255_413270_UFO's_and_Defense_What_Should_we_Prepare_For
Agency: NASA
Page 2
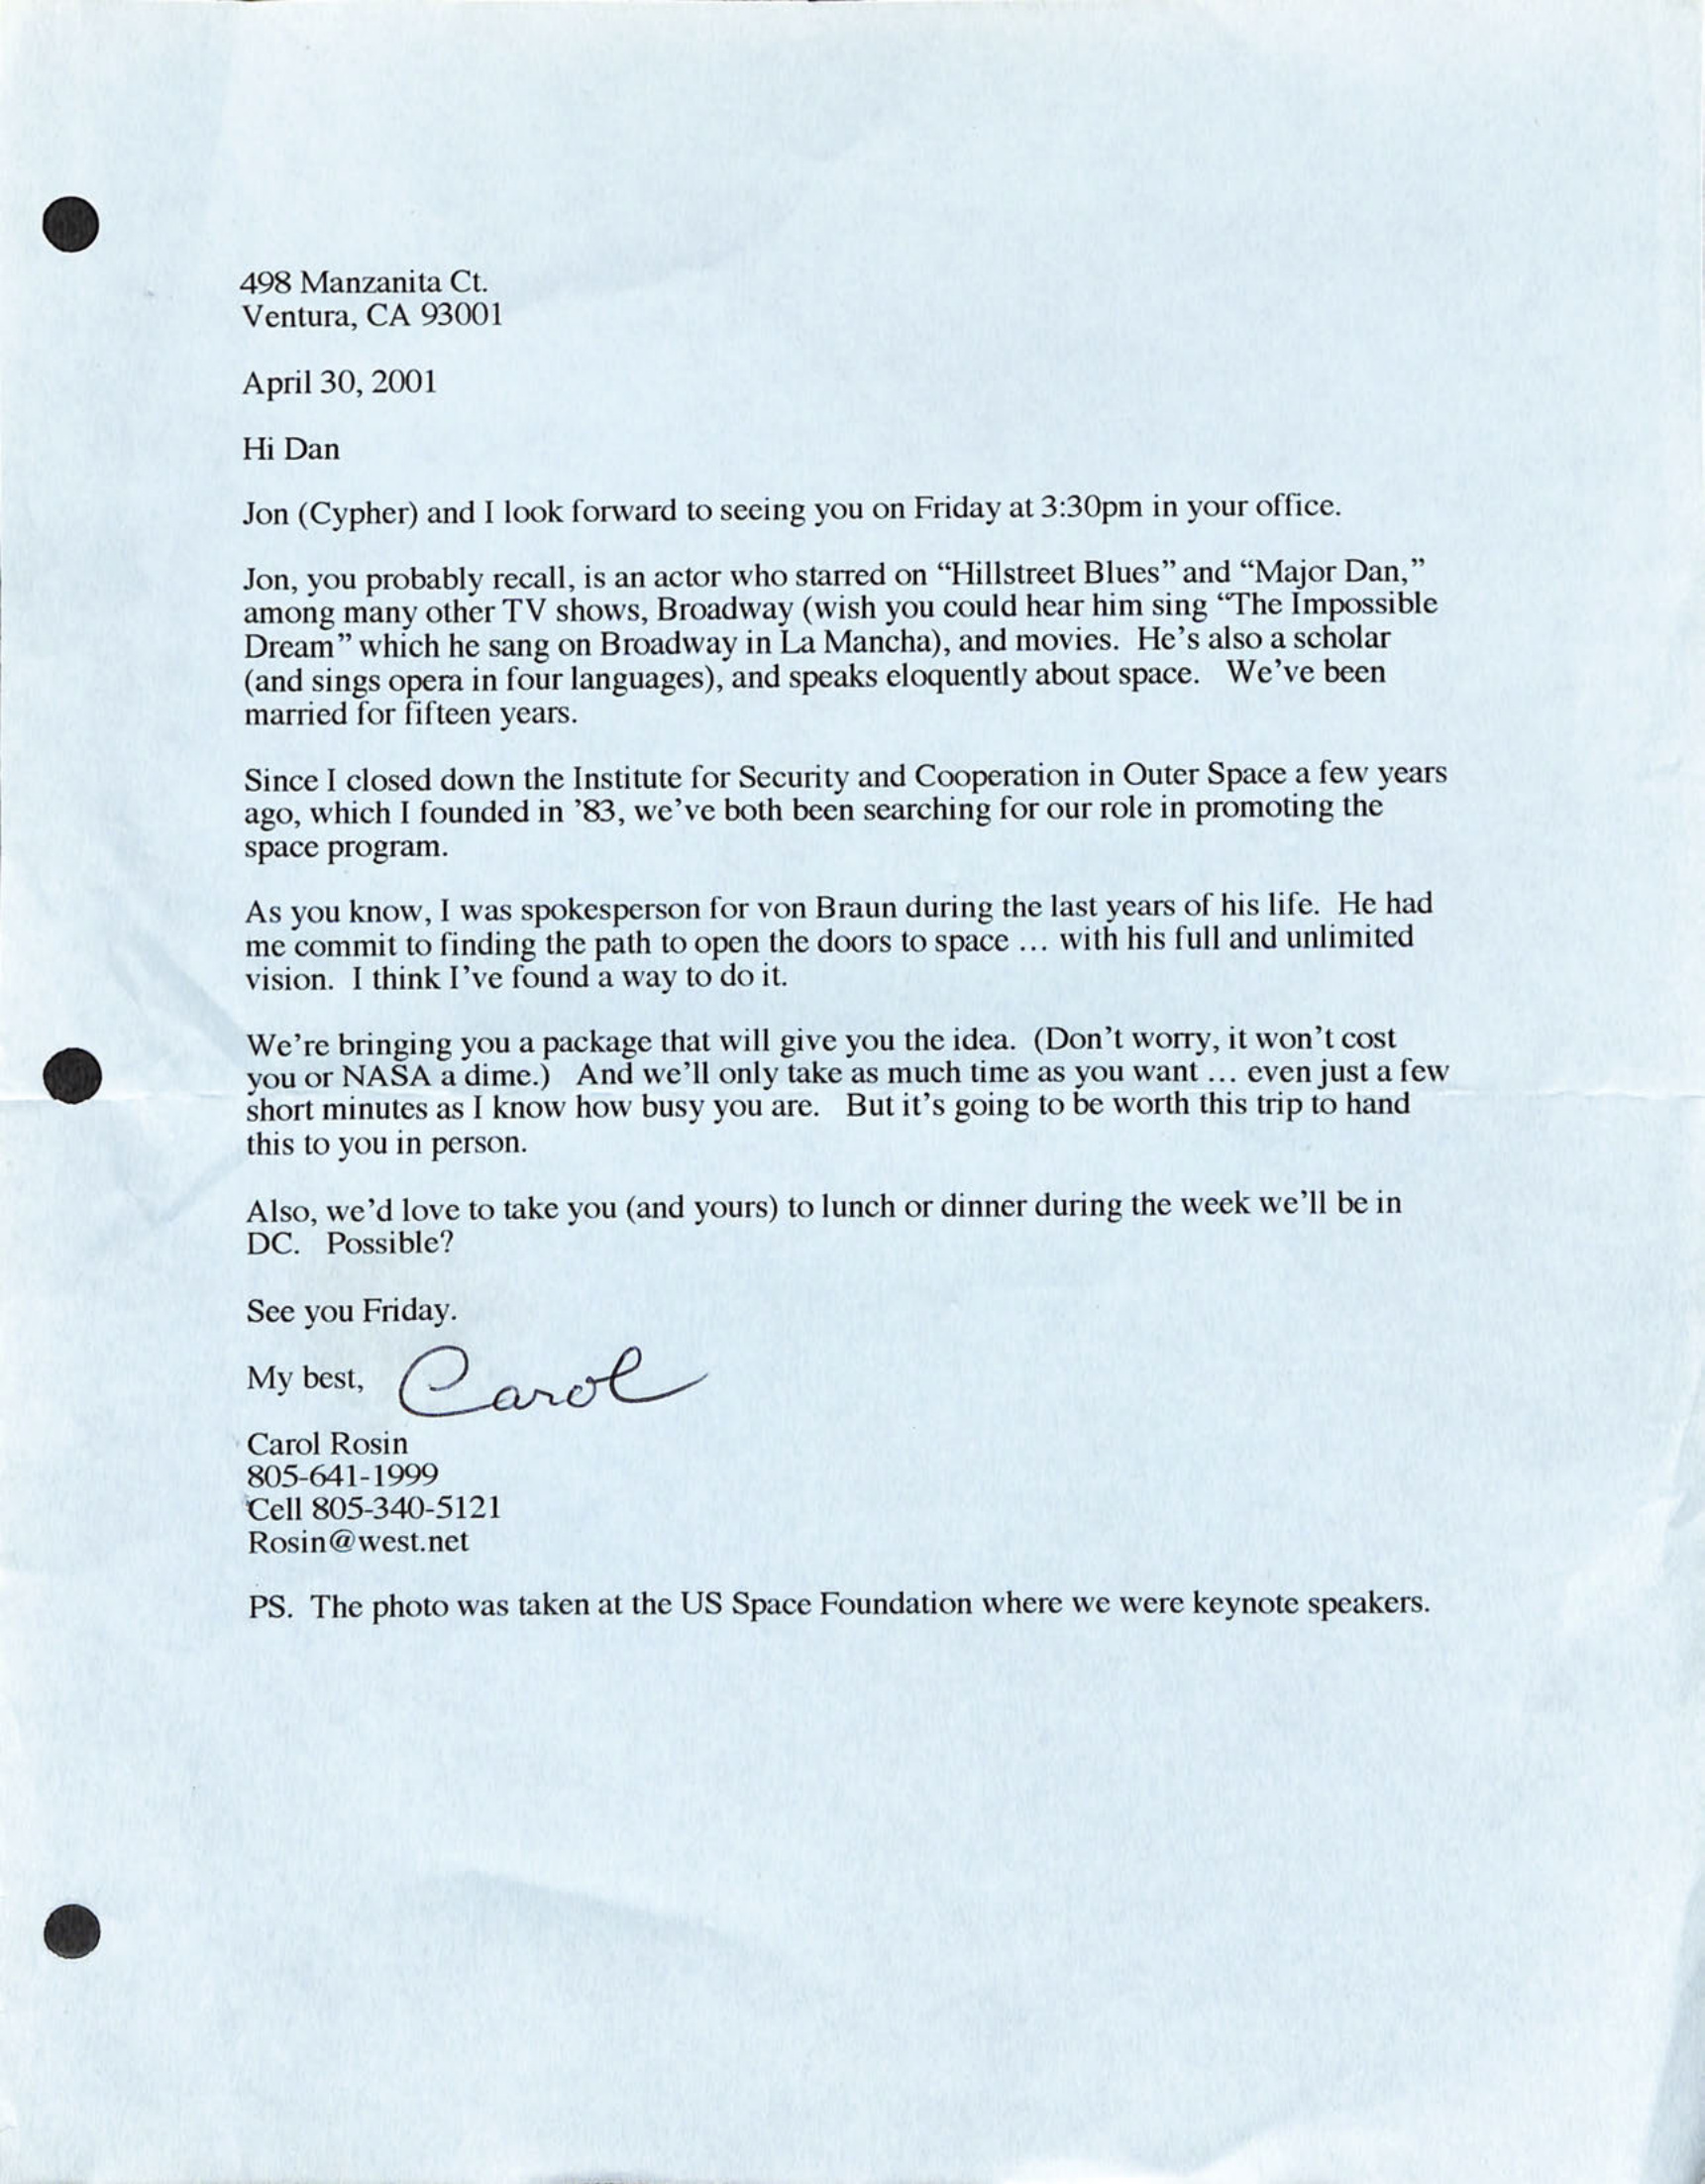